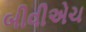
બીવીએચ